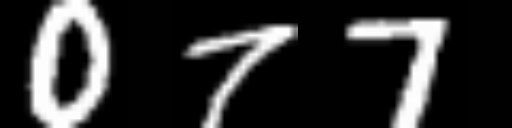
Text: 077